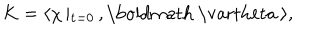
LaTeX: K = \langle \chi \left| _ { { \bf t } = 0 } \right. , \mathrm { \boldmath ~ \ v a r t h e t a ~ } \rangle ,